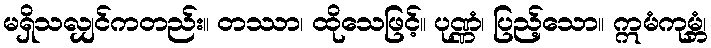
မရှိသလျှင်ကတည်း။ တဿာ၊ ထိုသေဖြင့်။ ပုဏ္ဏံ၊ ပြည့်သော။ ဣမံကုမ္ဘံ၊